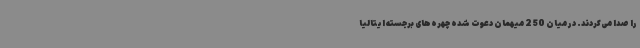
را صدا می‌کردند. در میان 250 میهمان دعوت شده چهره‌های برجسته ایتالیا